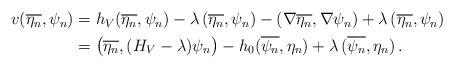
LaTeX: \begin{align*}\begin{aligned} v(\overline{\eta_n},\psi_n) &= h_V(\overline{\eta_n},\psi_n) - \lambda \, (\overline{\eta_n},\psi_n) - (\nabla\overline{\eta_n},\nabla\psi_n) + \lambda \, (\overline{\eta_n},\psi_n) \\ &= \big(\overline{\eta_n},(H_V-\lambda)\psi_n\big) - h_0(\overline{\psi_n},\eta_n) + \lambda \, (\overline{\psi_n},\eta_n) \,.\end{aligned}\end{align*}